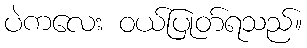
ပဲကလေး ဝယ်ပြုတ်ရသည်။